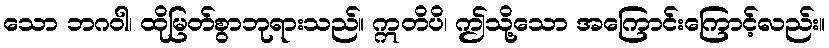
သော ဘဂဝါ၊ ထိုမြတ်စွာဘုရားသည်။ ဣတိပိ၊ ဤသို့သော အကြောင်းကြောင့်လည်း။